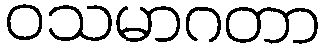
ဝသမာဂတာ